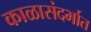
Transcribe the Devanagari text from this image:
काळासंदर्भात